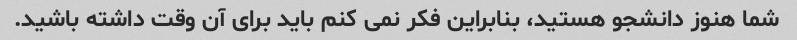
شما هنوز دانشجو هستید، بنابراین فکر نمی کنم باید برای آن وقت داشته باشید.